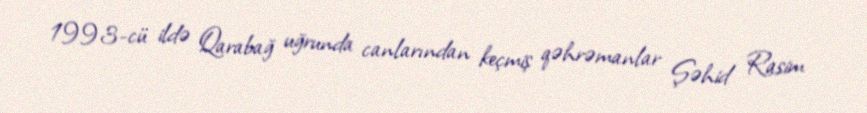
1993-cü ildə Qarabağ uğrunda canlarından keçmiş qəhrəmanlar Şəhid Rasim